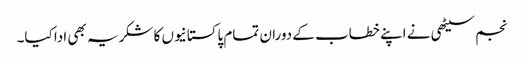
نجم سیٹھی نے اپنے خطاب کے دوران تمام پاکستانیوں کا شکریہ بھی ادا کیا۔